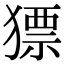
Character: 𤡑